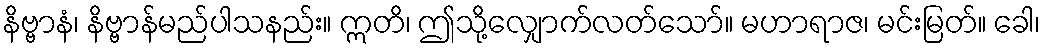
နိဗ္ဗာနံ၊ နိဗ္ဗာန်မည်ပါသနည်း။ ဣတိ၊ ဤသို့လျှောက်လတ်သော်။ မဟာရာဇ၊ မင်းမြတ်။ ခေါ၊